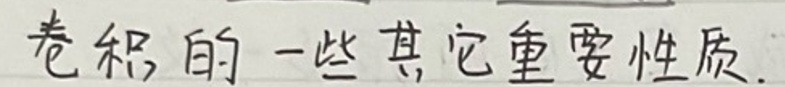
卷积的一些其它重要性质.